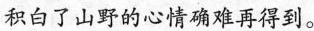
积白了山野的心情确难再得到。